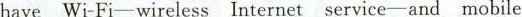
have Wi-Fi—wireless Internet service—and mobile